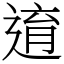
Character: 逳